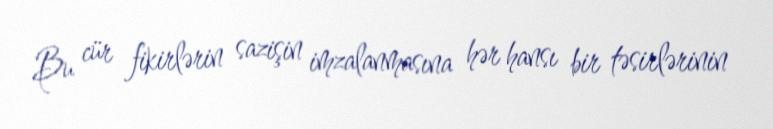
Bu cür fikirlərin sazişin imzalanmasına hər hansı bir təsirlərinin